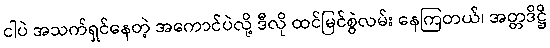
ငါပဲ အသက်ရှင်နေတဲ့ အကောင်ပဲလို့ ဒီလို ထင်မြင်စွဲလမ်း နေကြတယ်၊ အတ္တဒိဋ္ဌိ